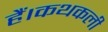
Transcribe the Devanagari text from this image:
हैं।कथकली